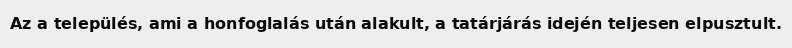
Az a település, ami a honfoglalás után alakult, a tatárjárás idején teljesen elpusztult.